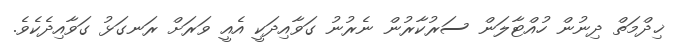
ޚިދްމަތް ދިނުން ހުއްޓާލަން ސަރުކާރުން ނެރުނު ގަވާއިދަކީ އެއީ ވަރަށް ރަނގަޅު ގަވާއިދެކެވެ.